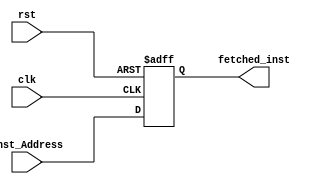
module program_counter(input clk, 
input [31:0] inst_Address,
input rst,
output reg [31:0] fetched_inst);
always @(posedge clk or negedge rst)
begin
if(!rst)
	fetched_inst<='b0;
else
	fetched_inst<=inst_Address;
end
endmodule